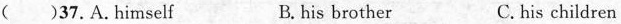
( )37.A.himself B. his brother C.his children